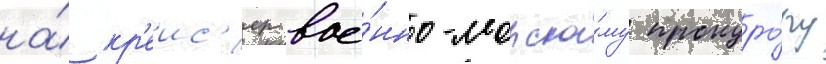
на́ кр'еис'ер вое́нно-морско́му прокуро́ру